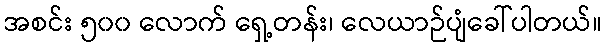
အစင်း ၅၀၀ လောက် ရှေ့တန်း၊ လေယာဉ်ပျံခေါ်ပါတယ်။